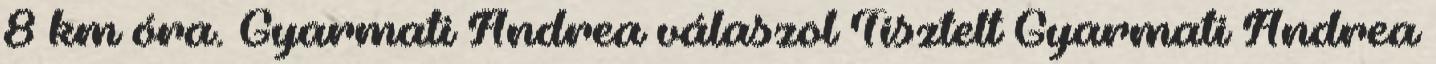
8 km óra. Gyarmati Andrea válaszol Tisztelt Gyarmati Andrea